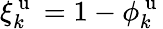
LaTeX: \xi_{k}^{\mathrm{~u~}}=1-\phi_{k}^{\mathrm{~u~}}